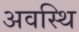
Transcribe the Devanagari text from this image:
अवस्थि